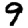
Digit: 9